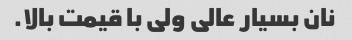
نان بسیار عالی ولی با قیمت بالا.